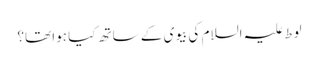
لوط علیہ السلام کی بیوی کے ساتھ کیا ہوا تھا؟